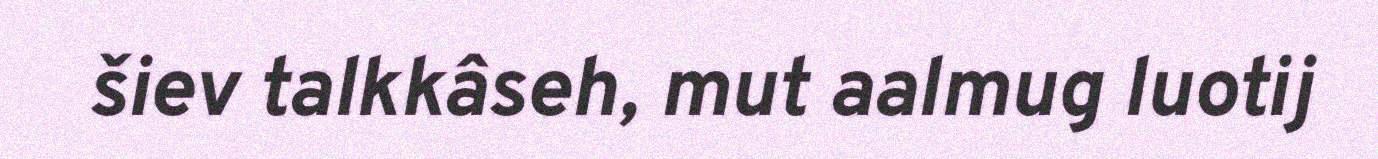
šiev talkkâseh, mut aalmug luotij